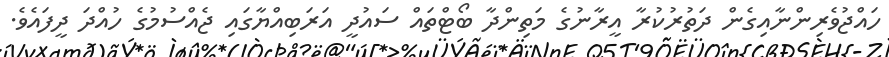
ހައްޖުވެރިންނާއިގެން ދަތުރުކުރާ އީރާނުގެ މަތިންދާ ބޯޓްތައް ސައުދީ އަރަބިއްޔާގައި ޖެއްސުމުގެ ހުއްދަ ދީފައެވެ.